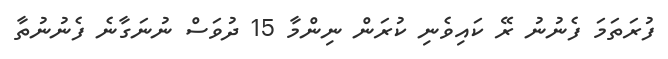
ފުރަތަމަ ފެނުނު ރޭ ކައިވެނި ކުރަން ނިންމާ 15 ދުވަސް ނުނަގާނެ ފެނުނުތާ